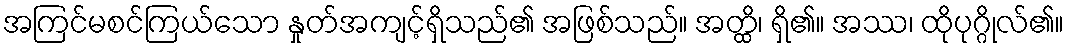
အကြင်မစင်ကြယ်သော နှုတ်အကျင့်ရှိသည်၏ အဖြစ်သည်။ အတ္ထိ၊ ရှိ၏။ အဿ၊ ထိုပုဂ္ဂိုလ်၏။